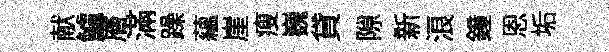
献鱸層滿躁蘊崖瘦巍貸隙新浪鐘恩垢